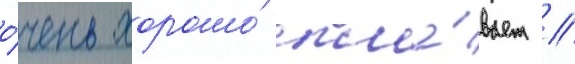
о́чень хорошо́ пла́вает //